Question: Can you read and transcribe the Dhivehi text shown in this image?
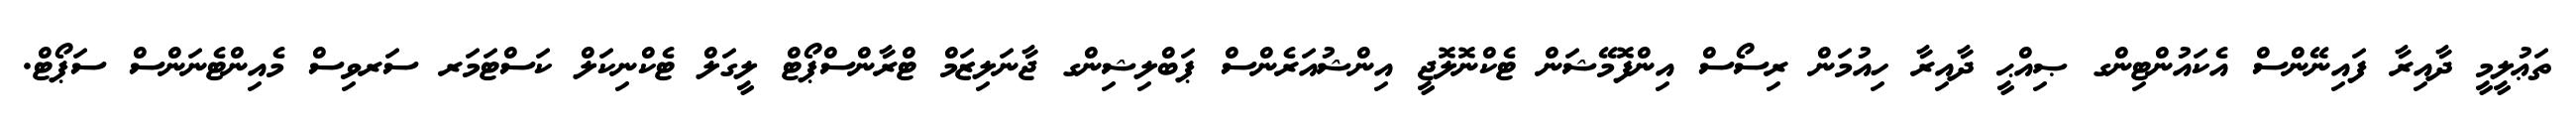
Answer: ތަޢުލީމީ ދާއިރާ ފައިނޭންސް އެކައުންޓިންގ ޞިއްޙީ ދާއިރާ ހިއުމަން ރިސޯސް އިންފޮމޭޝަން ޓެކްނޮލޮޖީ އިންޝުއަރެންސް ޕަބްލިޝިންގ ޖާނަލިޒަމް ޓްރާންސްޕޯޓް ލީގަލް ޓެކްނިކަލް ކަސްޓަމަރ ސަރވިސް މެއިންޓެނަންސް ސަޕޯޓް.